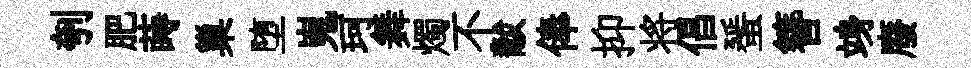
刳肥蒔巢堕嵬珂舞燭不黻俸抑将倡蜑簪竧廢